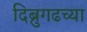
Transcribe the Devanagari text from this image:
दिब्रुगढच्या